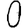
Digit: 0